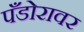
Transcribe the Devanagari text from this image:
पँडोरावर